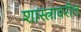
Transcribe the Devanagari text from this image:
शास्त्रावरील